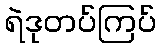
ရဲဒုတပ်ကြပ်